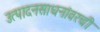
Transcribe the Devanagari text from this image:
उत्पादनसाधनांवरची